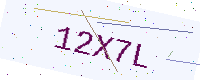
Text: 12X7L